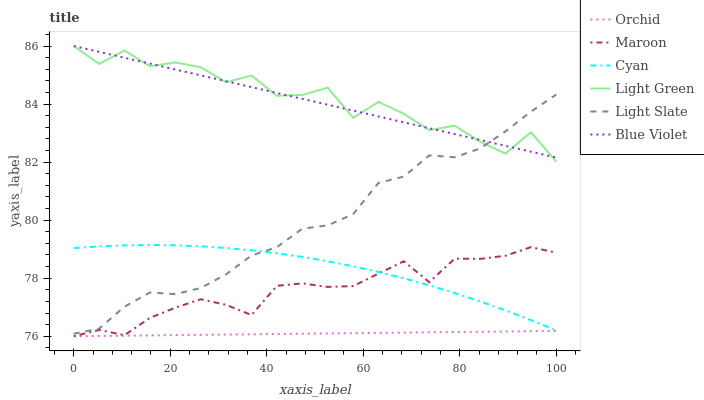
| xaxis_label | Orchid | Maroon | Cyan | Light Green | Light Slate | Blue Violet |
 | --- | --- | --- | --- | --- | --- | --- |
 | 0 | 76 | 76 | 79 | 86 | 76.1 | 86 |
 | 5.26 | 76 | 76.2 | 79.1 | 85.4 | 76.3 | 85.8 |
 | 10.5 | 76 | 76 | 79.1 | 85.8 | 77 | 85.6 |
 | 15.8 | 76 | 76.6 | 79.1 | 85.3 | 77.5 | 85.4 |
 | 21.1 | 76 | 77 | 79.1 | 85.4 | 77.5 | 85.2 |
 | 26.3 | 76 | 77.3 | 79.1 | 85.3 | 77.7 | 85 |
 | 31.6 | 76.1 | 77.1 | 79 | 84.8 | 78.1 | 84.8 |
 | 36.8 | 76.1 | 76.7 | 79 | 85 | 78.8 | 84.6 |
 | 42.1 | 76.1 | 77.7 | 78.9 | 84.3 | 79.1 | 84.4 |
 | 47.4 | 76.1 | 77.8 | 78.7 | 84.3 | 79.7 | 84.2 |
 | 52.6 | 76.1 | 77.7 | 78.6 | 84.6 | 79.8 | 84 |
 | 57.9 | 76.1 | 77.7 | 78.4 | 83.5 | 80.2 | 83.8 |
 | 63.2 | 76.1 | 78.2 | 78.2 | 84.1 | 81.3 | 83.6 |
 | 68.4 | 76.1 | 78.6 | 78 | 83.7 | 81.5 | 83.4 |
 | 73.7 | 76.1 | 77.9 | 77.8 | 83.1 | 82.2 | 83.2 |
 | 78.9 | 76.1 | 78.7 | 77.5 | 83.3 | 82.2 | 83 |
 | 84.2 | 76.2 | 78.7 | 77.2 | 82.7 | 82.5 | 82.8 |
 | 89.5 | 76.2 | 78.8 | 76.9 | 82.3 | 83.1 | 82.6 |
 | 94.7 | 76.2 | 79.1 | 76.6 | 83 | 83.7 | 82.4 |
 | 100 | 76.2 | 78.9 | 76.2 | 82 | 84.3 | 82.2 |